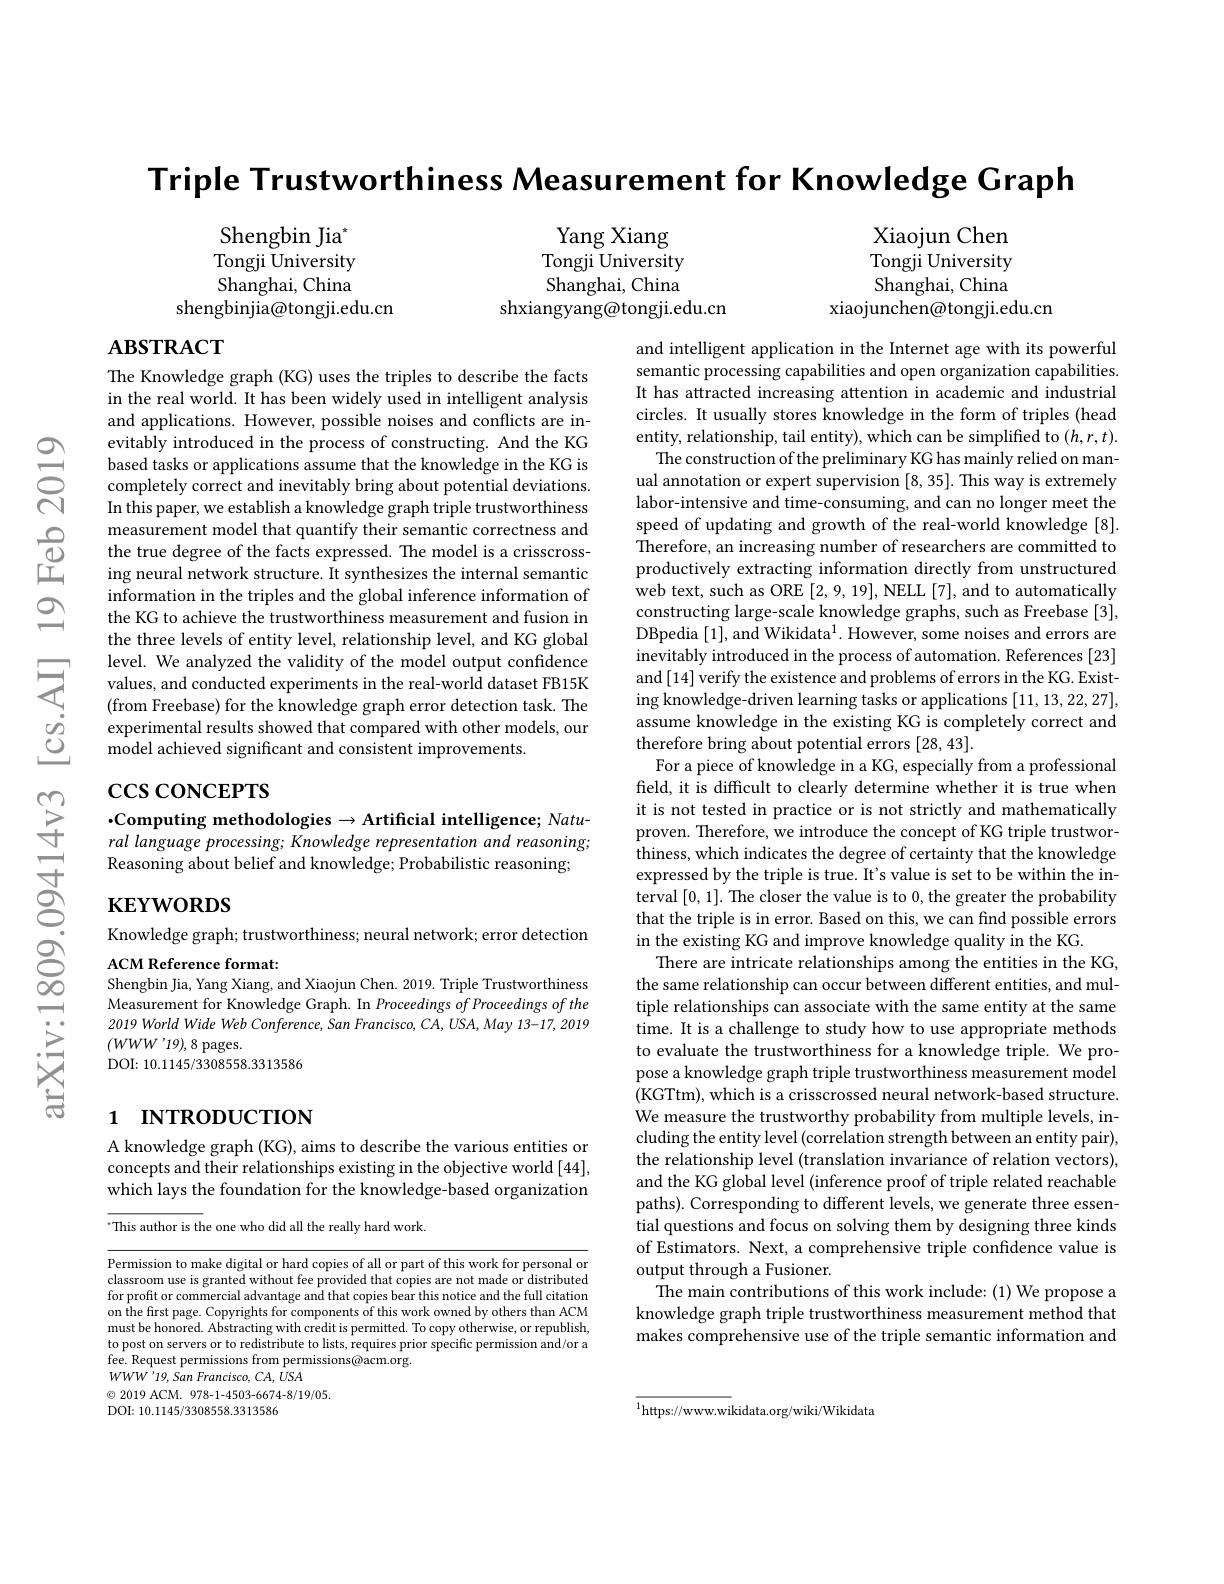
Triple Trustworthiness Measurement for Knowledge Graph

Yang Xiang Tongji University Shanghai, China
shxiangyang@tongji.edu.cn

Shengbin Jia" Tongji University Shanghai, China
shengbinjia@tongji.edu.cn

Xiaojun Chen Tongji University Shanghai, China
xiaojunchen@tongji.edu.cn

## $\mathbf{ABSTRACT}$

The Knowledge graph (KG) uses the triples to describe the facts in the real world. It has been widely used in intelligent analysis and applications. However, possible noises and conflicts are inevitably introduced in the process of constructing. And the KG based tasks or applications assume that the knowledge in the KG is completely correct and inevitably bring about potential deviations. In this paper, we establish a knowledge graph triple trustworthiness measurement model that quantify their semantic correctness and the true degree of the facts expressed. The model is a crisscrossing neural network structure. It synthesizes the internal semantic information in the triples and the global inference information of the KG to achieve the trustworthiness measurement and fusion in the three levels of entity level, relationship level, and KG global level. We analyzed the validity of the model output confidence values, and conducted experiments in the real-world dataset FB15K (from Freebase) for the knowledge graph error detection task. The experimental results showed that compared with other models, our model achieved significant and consistent improvements

# $\csc\csc$coNCEPTS

$\cdot$Computing methodologies$\to$Artificial intelligence; Natural language processing; Knowledge representation and reasoning; Reasoning about belief and knowledge; Probabilistic reasoning;

and intelligent application in the Internet age with its powerful semantic processing capabilities and open organization capabilities. It has attracted increasing attention in academic and industrial circles. It usually stores knowledge in the form of triples (head entity, relationship, tail entity), which can be simplified to $(h,r,t).$
The construction of the preliminary KG has mainly relied on manual annotation or expert supervision [8,35]. This way is extremely labor-intensive and time-consuming, and can no longer meet the speed of updating and growth of the real-world knowledge [8]. $\hat{\text{Therefore, an increasing number of researchers are committed to}}$ productively extracting information directly from unstructured web text, such as ORE [2,9,19],NELL [7], and to automatically constructing large-scale knowledge graphs, such as Freebase [3], DBpedia [1], and Wikidata$^1.$ However, some noises and errors are inevitably introduced in the process of automation. References [23] and [14] verify the existence and problems of errors in the KG. Existing knowledge-driven learning tasks or applications [11,13,22,27], assume knowledge in the existing KG is completely correct and therefore bring about potential errors [28,43].
For a piece of knowledge in a KG, especially from a professional feld, it is difficult to clearly determine whether it is true when it is not tested in practice or is not strictly and mathematically proven. Therefore, we introduce the concept of KG triple trustworthiness, which indicates the degree of certainty that the knowledge expressed by the triple is true. It's value is set to be within the interval [0,1]. The closer the value is to 0, the greater the probability that the triple is in error. Based on this, we can find possible errors in the existing KG and improve knowledge quality in the KG
There are intricate relationships among the entities in the KG, the same relationship can occur between different entities, and multiple relationships can associate with the same entity at the same time. It is a challenge to study how to use appropriate methods to evaluate the trustworthiness for a knowledge triple. We propose a knowledge graph triple trustworthiness measurement model (KGTtm), which is a crisscrossed neural network-based structure. We measure the trustworthy probability from multiple levels, including the entity level (correlation strength between an entity pair), the relationship level (translation invariance of relation vectors), and the KG global level (inference proof of triple related reachable paths). Corresponding to different levels, we generate three essential questions and focus on solving them by designing three kinds of Estimators. Next, a comprehensive triple confidence value is output through a Fusioner.
The main contributions of this work include: (1) We propose a knowledge graph triple trustworthiness measurement method that makes comprehensive use of the triple semantic information and

$\mathbf{KEYWORDS}$

Knowledge graph; trustworthiness; neural network; error detection
ACM Reference format:

Shengbin Jia, Yang Xiang, and Xiaojun Chen. 2019. Triple Trustworthiness Measurement for Knowledge Graph. In Proceedings $of\textit{Proceedings of the}$ 2019 World Wide Web Conference, San Francisco, CA, USA, May 13-17, 2019 $(WWW^{\prime}19),8$pages.
DOI: 10. 1145/ 3308558. 3313586

# 1 INTRODUCTION

# A knowledge graph (KG), aims to describe the various entities or concepts and their relationships existing in the objective world [44], which lays the foundation for the knowledge-based organization

$^{\cdot}$This author is the one who did all the really hard work.

Permission to make digital or hard copies of all or part of this work for personal or classroom use is granted without fee provided that copies are not made or distributed for profit or commercial advantage and that copies bear this notice and the full citation on the first page. Copyrights for components of this work owned by others than ACM must be honored. Abstracting with credit is permitted. To copy otherwise, or republish, to post on servers or to redistribute to lists, requires prior specific permission and/or a fee. Request permissions from permissions@acm.org.
$WWW'19,SanFrancisco,CA,USA$
$\textcircled{\circ}$ 2019 ACM. 978-1-4503-6674-8/19/05.
DOI: 10.1145/3308558.3313586

$^{1}$https://www.wikidata.org/wiki/Wikidata